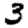
Digit: 3